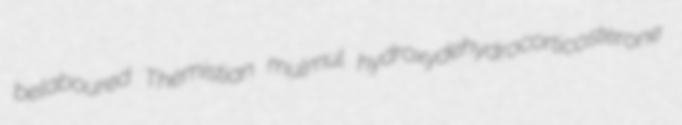
belaboured Themistian mulmul hydroxydehydrocorticosterone